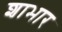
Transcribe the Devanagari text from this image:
शाभार